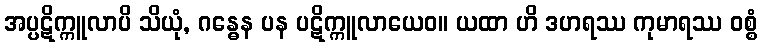
အပ္ပဋိက္ကူလာပိ သိယုံ, ဂန္ဓေန ပန ပဋိက္ကူလာယေဝ။ ယထာ ဟိ ဒဟရဿ ကုမာရဿ ဝစ္စံ